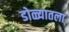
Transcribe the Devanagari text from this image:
डोळ्यातला